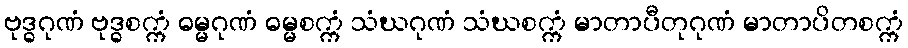
ဗုဒ္ဓဂုဏံ ဗုဒ္ဓစက္ကံ ဓမ္မဂုဏံ ဓမ္မစက္ကံ သံဃဂုဏံ သံဃစက္ကံ မာတာပီတုဂုဏံ မာတာပိတစက္ကံ